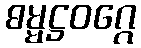
ဓမ္မဋ္ဌဝဂ္ဂေ